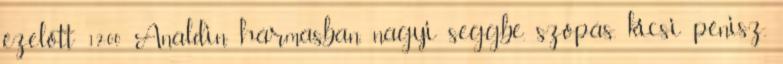
ezelőtt 12:00 Analdin hármasban, nagyi seggbe, szopás, kicsi pénisz,